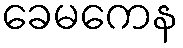
ခေမကေန